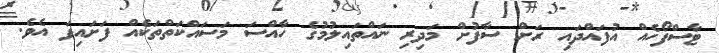
ޓާސްފޯހެއް އުފައްދައި ރަށް ސާފުށް މަދިރި ނައްތައިލުމުގެ ހާއްސަ މަސައްކަތްތަކެއް ފަށައިފަ އެވެ.